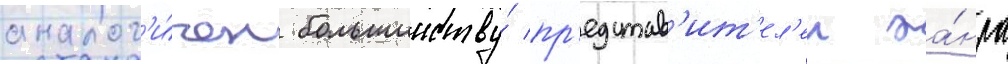
аналог'и́чен большинству́ пр'едстав'ит'ел'еи жа́нра